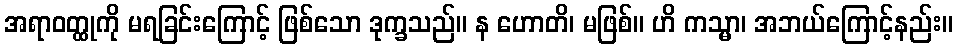
အရာဝတ္ထုကို မရခြင်းကြောင့် ဖြစ်သော ဒုက္ခသည်။ န ဟောတိ၊ မဖြစ်။ ဟိ ကသ္မာ၊ အဘယ်ကြောင့်နည်း။